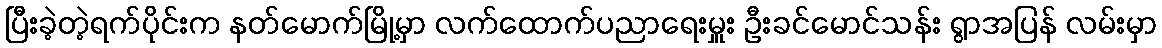
ပြီးခဲ့တဲ့ရက်ပိုင်းက နတ်မောက်မြို့မှာ လက်ထောက်ပညာရေးမှူး ဦးခင်မောင်သန်း ရွာအပြန် လမ်းမှာ